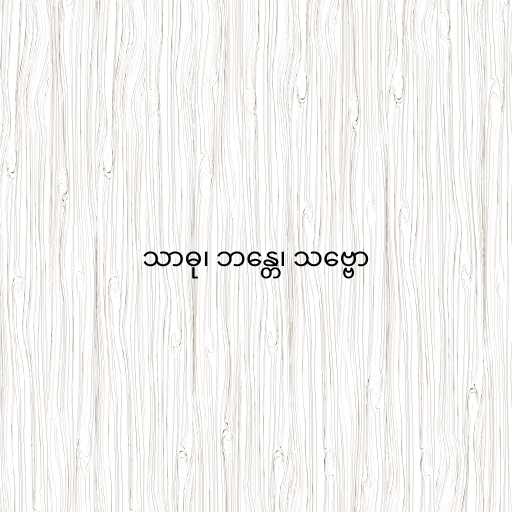
သာဓု၊ ဘန္တေ၊ သဗ္ဗော